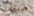
صناعة